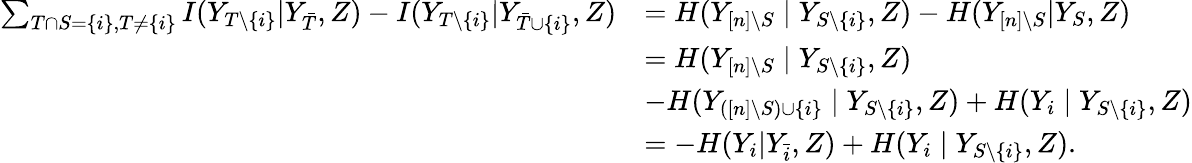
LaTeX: \begin{array}{rl}{\sum_{T\cap S=\{ i\} ,T\neq\{ i\} }I(Y_{T\setminus\{ i\} }|Y_{\bar{T}},Z)-I(Y_{T\setminus\{ i\} }|Y_{\bar{T}\cup\{ i\} },Z)}&{=H(Y_{[n]\setminus S}\mid Y_{S\setminus\{ i\} },Z)-H(Y_{[n]\setminus S}|Y_{S},Z)}\\ &{=H(Y_{[n]\setminus S}\mid Y_{S\setminus\{ i\} },Z)}\\ &{-H(Y_{([n]\setminus S)\cup\{ i\} }\mid Y_{S\setminus\{ i\} },Z)+H(Y_{i}\mid Y_{S\setminus\{ i\} },Z)}\\ &{=-H(Y_{i}|Y_{\bar{i}},Z)+H(Y_{i}\mid Y_{S\setminus\{ i\} },Z).}\end{array}